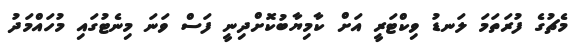
މެޗުގެ ފުރަތަމަ ލަނޑު ވިކްޓަރީ އަށް ކާމިޔާބުކޮށްދިނީ ފަސް ވަނަ މިނެޓުގައި މުހައްމަދު